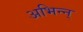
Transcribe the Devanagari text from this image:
अभिन्न्